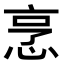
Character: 𢚟